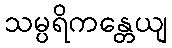
သမ္ပရိကန္တေယျ